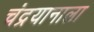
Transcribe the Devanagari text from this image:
चंद्रयानाला